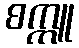
စက္ကူ